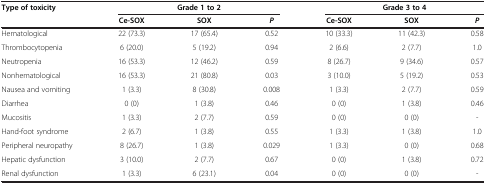
| Type of toxicity | <COLSPAN=3> Grade 1 to 2 | <COLSPAN=3> Grade 3 to 4 |
 |  | Ce-SOX | SOX | P | Ce-SOX | SOX | P |
 | --- | --- | --- | --- | --- | --- | --- |
 | Hematological | 22 (73.3) | 17 (65.4) | 0.52 | 10 (33.3) | 11 (42.3) | 0.58 |
 | Thrombocytopenia | 6 (20.0) | 5 (19.2) | 0.94 | 2 (6.6) | 2 (7.7) | 1.0 |
 | Neutropenia | 16 (53.3) | 12 (46.2) | 0.59 | 8 (26.7) | 9 (34.6) | 0.57 |
 | Nonhematological | 16 (53.3) | 21 (80.8) | 0.03 | 3 (10.0) | 5 (19.2) | 0.53 |
 | Nausea and vomiting | 1 (3.3) | 8 (30.8) | 0.008 | 1 (3.3) | 2 (7.7) | 0.59 |
 | Diarrhea | 0 (0) | 1 (3.8) | 0.46 | 0 (0) | 1 (3.8) | 0.46 |
 | Mucositis | 1 (3.3) | 2 (7.7) | 0.59 | 0 (0) | 0 (0) | - |
 | Hand-foot syndrome | 2 (6.7) | 1 (3.8) | 0.55 | 1 (3.3) | 1 (3.8) | 1.0 |
 | Peripheral neuropathy | 8 (26.7) | 1 (3.8) | 0.029 | 1 (3.3) | 0 (0) | 0.68 |
 | Hepatic dysfunction | 3 (10.0) | 2 (7.7) | 0.67 | 0 (0) | 1 (3.8) | 0.72 |
 | Renal dysfunction | 1 (3.3) | 6 (23.1) | 0.04 | 0 (0) | 0 (0) | - |